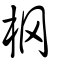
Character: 棢